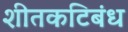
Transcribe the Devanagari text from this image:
शीतकटिबंध